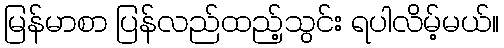
မြန်မာစာ ပြန်လည်ထည့်သွင်း ရပါလိမ့်မယ်။